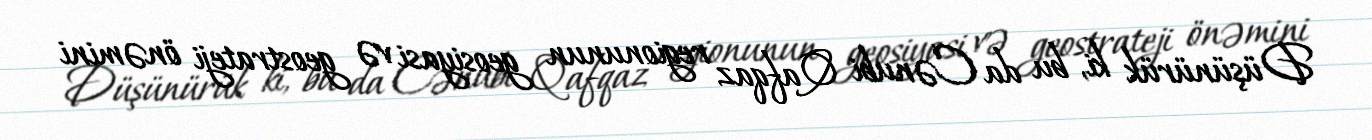
Düşünürük ki, bu da Cənubi Qafqaz regionunun geosiyasi və geostrateji önəmini